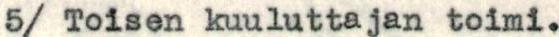
5/ Toisen kuuluttajan toimi.